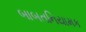
બાબતનિયામક